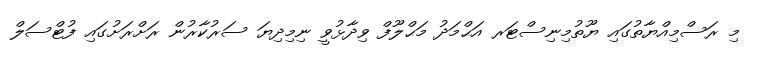
މި ރަސްމިއްޔާތުގައި ޔޫތުމިނިސްޓަރ އަޙްމަދު މަޙްލޫފް ވިދާޅުވީ ނިމިދިޔަ ސަރުކާރުން ރަށްރަށުގައި ފުޓްސަލް